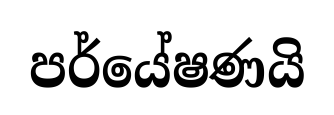
පර්යේෂණයි